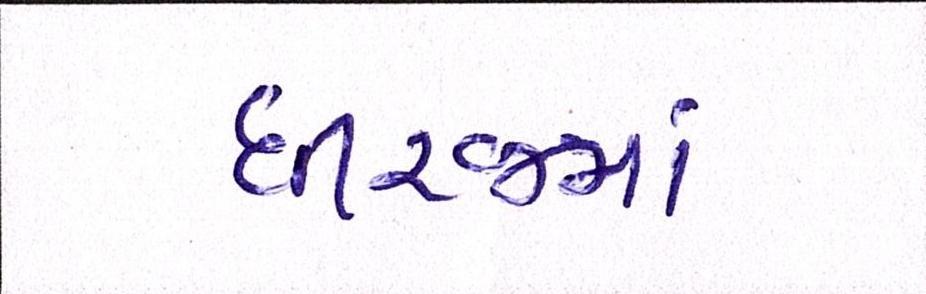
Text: ધીરજમાં